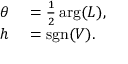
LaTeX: \begin{array} { r l } { \theta } & { { } = { \frac { 1 } { 2 } } \arg ( L ) , } \\ { h } & { { } = \operatorname { s g n } ( V ) . } \end{array}